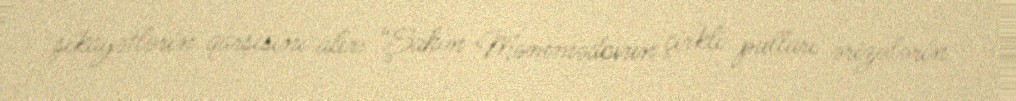
şikayətlərin qarşısını alır: “Şahin Məmmədovun çirkli pulları ərizələrin